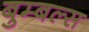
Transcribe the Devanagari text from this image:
बुम्बल्स